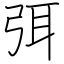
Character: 弭